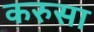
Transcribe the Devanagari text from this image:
करुसा